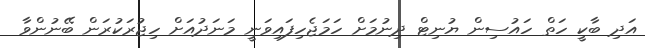
އަދި ބާކީ ހަތް ހައުސިން ޔުނިޓް ދިނުމަށް ހަމަޖެހިފައިވަނީ މަނަދުއަށް ހިޖުރަކުރަން ބޭނުންވާ